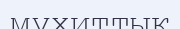
мүхиттық